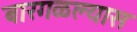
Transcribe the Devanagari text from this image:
बारगळल्यास